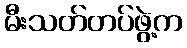
မီးသတ်တပ်ဖွဲ့က